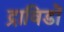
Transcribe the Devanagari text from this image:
द्राविडों